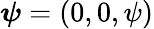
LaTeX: \boldsymbol{\psi}=(0,0,\psi)